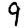
Digit: 9